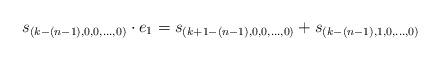
LaTeX: \begin{align*}s_{(k-(n-1), 0,0, \dots, 0)} \cdot e_1 = s_{(k+1-(n-1), 0,0, \dots, 0)} + s_{(k-(n-1), 1,0, \dots, 0)}\end{align*}